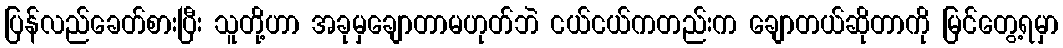
ပြန်လည်ခေတ်စားပြီး သူတို့ဟာ အခုမှချောတာမဟုတ်ဘဲ ငယ်ငယ်ကတည်းက ချောတယ်ဆိုတာကို မြင်တွေ့ရမှာ